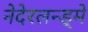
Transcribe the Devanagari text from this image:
नेदेरलन्ड्मे